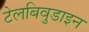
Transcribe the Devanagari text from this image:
टेलबिवुडाइन